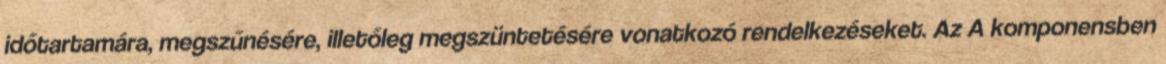
időtartamára, megszűnésére, illetőleg megszüntetésére vonatkozó rendelkezéseket. Az A komponensben